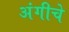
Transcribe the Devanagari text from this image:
अंगीचे